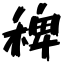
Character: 稗